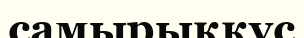
самырыққұс